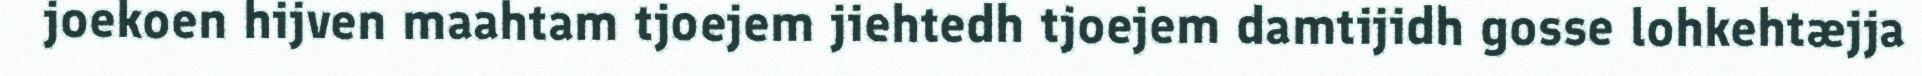
joekoen hijven maahtam tjoejem jiehtedh tjoejem damtijidh gosse lohkehtæjja